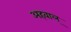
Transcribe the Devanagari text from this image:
अहवाल्